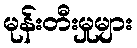
မုန်းတီးမှုများ